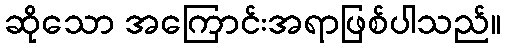
ဆိုသော အကြောင်းအရာဖြစ်ပါသည်။